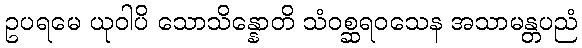
ဥပရမေ ယုဝါပိ သောသိန္နောတိ သံဝစ္ဆရဝသေန အသာမန္တပညံ